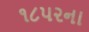
૧૮૫૨ના